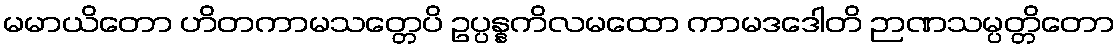
မမာယိတော ဟိတကာမသတ္တေပိ ဥပ္ပန္နကိလမထော ကာမဒဒေါတိ ဉာဏသမ္ပတ္တိတော